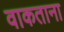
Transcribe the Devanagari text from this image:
वाकताना